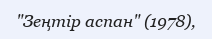
"Зеңтір аспан" (1978),